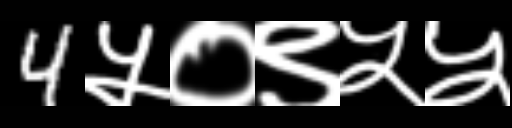
Text: 4५०९५५